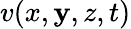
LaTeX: v(x,\mathbf{y},z,t)